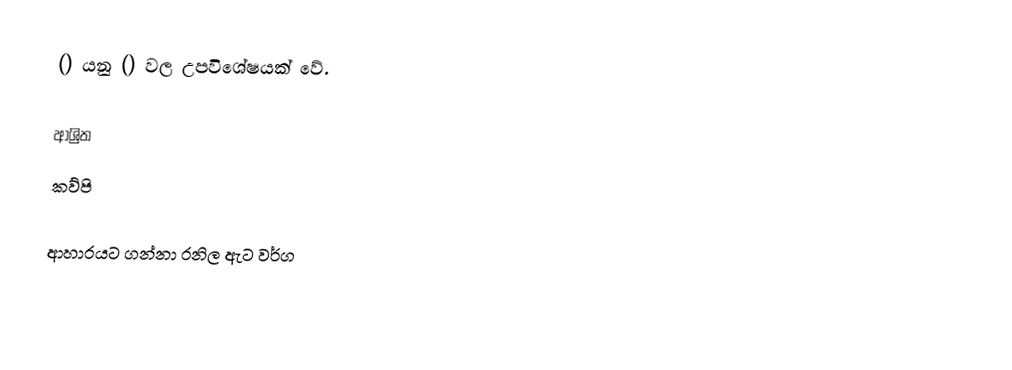
() යනු () වල උපවිශේෂයක් වේ.

ආශ්‍රිත
 කව්පි

ආහාරයට ගන්නා රනිල ඇට වර්ග